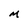
Character: M